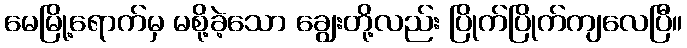
မေမြို့ရောက်မှ မစို့ခဲ့သော ချွေးတို့လည်း ပြိုက်ပြိုက်ကျလေပြီ။